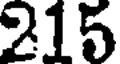
215